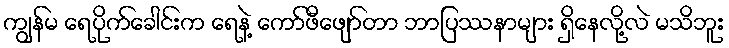
ကျွန်မ ရေပိုက်ခေါင်းက ရေနဲ့ ကော်ဖီဖျော်တာ ဘာပြဿနာများ ရှိနေလို့လဲ မသိဘူး